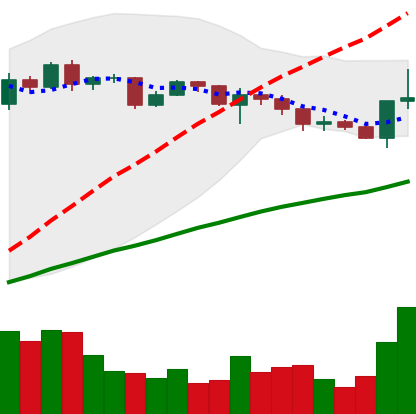
Ticker: XRP-USD
Chart end date: 2020-12-17
Forward return: -22.236%
Label: down_7plus